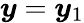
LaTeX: {\boldsymbol{y}}={\boldsymbol{y}}_{1}